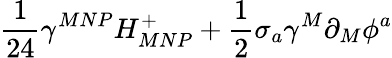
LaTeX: \frac{1}{24}\gamma^{MNP}H_{MNP}^{+}+\frac{1}{2}\sigma_{a}\gamma^{M}\partial_{M}\phi^{a}